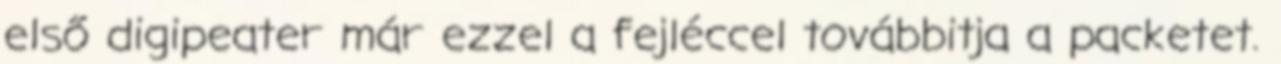
első digipeater már ezzel a fejléccel továbbitja a packetet.